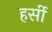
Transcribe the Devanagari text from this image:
हर्सी